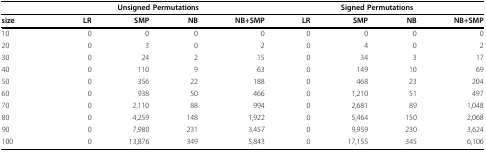
<table><thead><tr><td></td><td colspan="4"><b>Unsigned Permutations</b></td><td colspan="4"><b>Signed Permutations</b></td></tr></thead><tbody><tr><td><b>size</b></td><td><b>LR</b></td><td><b>SMP</b></td><td><b>NB</b></td><td><b>NB+SMP</b></td><td><b>LR</b></td><td><b>SMP</b></td><td><b>NB</b></td><td><b>NB+SMP</b></td></tr><tr><td>10</td><td>0</td><td>0</td><td>0</td><td>0</td><td>0</td><td>0</td><td>0</td><td>0</td></tr><tr><td>20</td><td>0</td><td>3</td><td>0</td><td>2</td><td>0</td><td>4</td><td>0</td><td>2</td></tr><tr><td>30</td><td>0</td><td>24</td><td>2</td><td>15</td><td>0</td><td>34</td><td>3</td><td>17</td></tr><tr><td>40</td><td>0</td><td>110</td><td>9</td><td>63</td><td>0</td><td>149</td><td>10</td><td>69</td></tr><tr><td>50</td><td>0</td><td>356</td><td>22</td><td>188</td><td>0</td><td>468</td><td>23</td><td>204</td></tr><tr><td>60</td><td>0</td><td>938</td><td>50</td><td>466</td><td>0</td><td>1,210</td><td>51</td><td>497</td></tr><tr><td>70</td><td>0</td><td>2,110</td><td>88</td><td>994</td><td>0</td><td>2,681</td><td>89</td><td>1,048</td></tr><tr><td>80</td><td>0</td><td>4,259</td><td>148</td><td>1,922</td><td>0</td><td>5,464</td><td>150</td><td>2,068</td></tr><tr><td>90</td><td>0</td><td>7,980</td><td>231</td><td>3,457</td><td>0</td><td>9,959</td><td>230</td><td>3,624</td></tr><tr><td>100</td><td>0</td><td>13,876</td><td>349</td><td>5,843</td><td>0</td><td>17,155</td><td>345</td><td>6,106</td></tr></tbody></table>